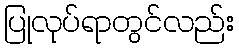
ပြုလုပ်ရာတွင်လည်း